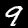
Label: 9